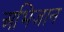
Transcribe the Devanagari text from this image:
अभिजान